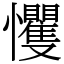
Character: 戄